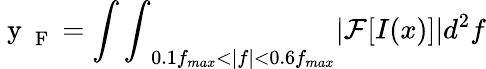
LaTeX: \mathrm{~y~}_{\mathrm{~F~}}={\int\int}_{0.1f_{max}<|f|<0.6f_{max}}|\mathcal{F}[I(x)]|d^{2}f